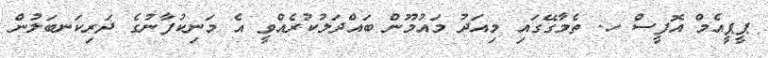
ޕީޕީއެމް އޮފީސް ހ. ތެމާގޭގައި މިއަދު މައުމޫން ބައްދަލުކުރެއްވީ އެ މަނިކުފާނުގެ ދަރިކަނބަލުން